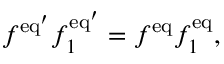
f ^ { \mathrm { e q } ^ { \prime } } f _ { 1 } ^ { \mathrm { e q } ^ { \prime } } = f ^ { \mathrm { e q } } f _ { 1 } ^ { \mathrm { e q } } ,